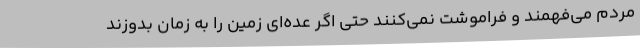
مردم می‌فهمند و فراموشت نمی‌کنند حتی اگر عده‌ای زمین را به زمان بدوزند